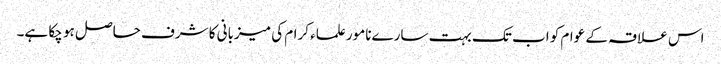
اس علاقہ کے عوام کو اب تک بہت سارےنامور علماء کرام کی میزبانی کا شرف حاصل ہو چکا ہے۔